Annual report of the Punjab Veterinary College and of the Civil Veterinary Department, Punjab - 1909-1919
Year: 1909
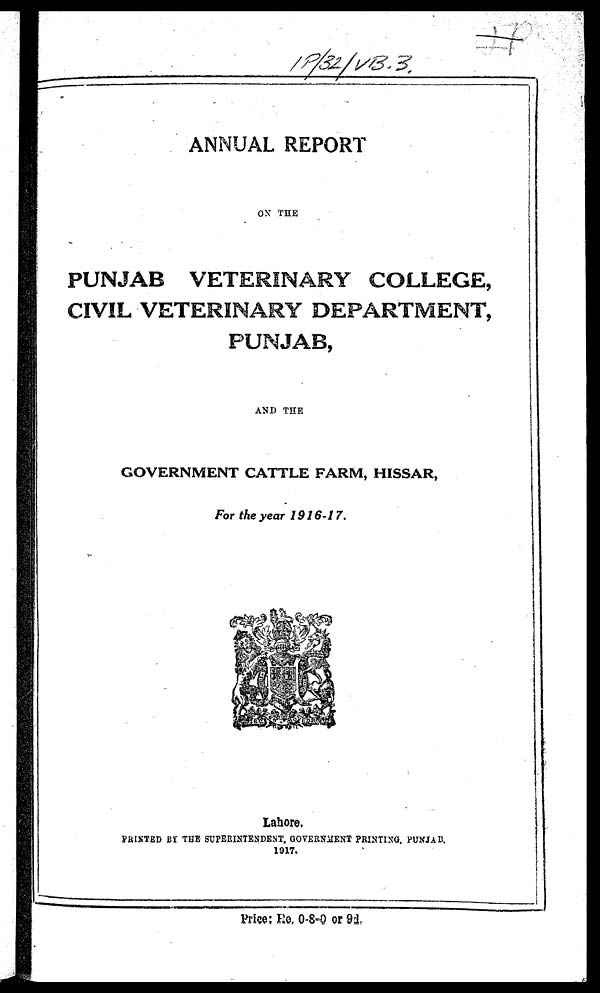
ANNUAL REPORT
ON THE
PUNJAB VETERINARY COLLEGE,
CIVIL VETERINARY DEPARTMENT,
PUNJAB,
AND THE
GOVERNMENT CATTLE FARM, HISSAR,
For the year 1916-17.
Lahore,
PRINTED BY THE SUPERINTENDENT, GOVERNMENT PRINTING, PUNJAB,
1917.
Price: Re. 0-8-0 or 9d